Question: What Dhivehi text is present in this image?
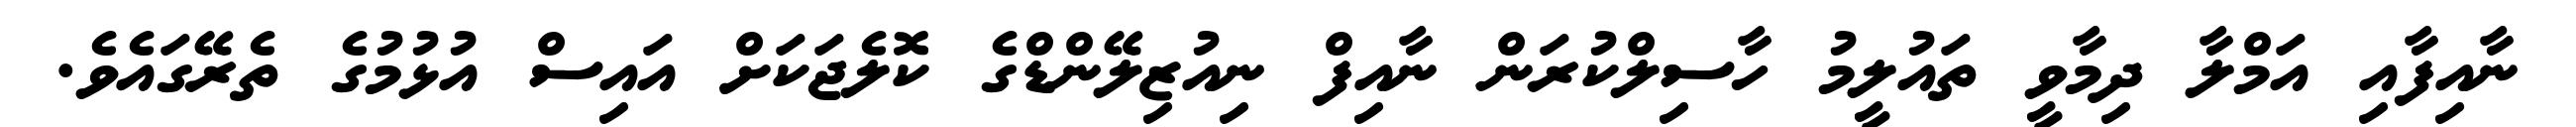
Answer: ނާއިފާއި އަމްލާ ދިމާވީ ތައުލީމު ހާސިލްކުރަން ނާއިފް ނިއުޒިލޭންޑްގެ ކޮލެޖަކަށް އައިސް އުޅުމުގެ ތެރޭގައެވެ.